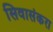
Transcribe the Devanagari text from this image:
सिवासंकरा